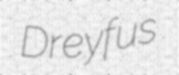
Dreyfus